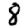
Digit: 8